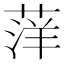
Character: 𫈭